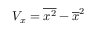
{ \cal V } _ { x } = \overline { { x ^ { 2 } } } - \overline { { x } } ^ { 2 }